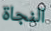
النجاة